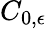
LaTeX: C_{0,\epsilon}